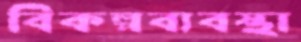
বিকল্পব্যবস্থা